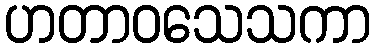
ဟတာဝသေသကာ